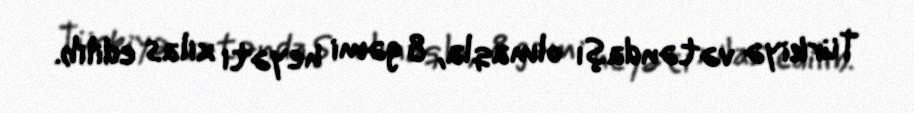
Türkiyə vətəndaşı olmaqla, 8 gəmi heyəti xilas edilib.